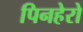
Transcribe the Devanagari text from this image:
पिनहेरो